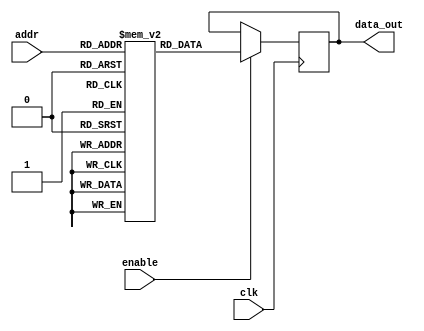
module parameterized_rom #(
    parameter DATA_WIDTH = 8,   // Width of each memory word
    parameter ADDR_WIDTH = 4     // Number of address lines
)(
    input wire clk,              // Clock signal
    input wire [ADDR_WIDTH-1:0] addr, // Address input
    input wire enable,           // Enable signal
    output reg [DATA_WIDTH-1:0] data_out // Data output
);

// Internal memory storage
reg [DATA_WIDTH-1:0] rom [0:(1 << ADDR_WIDTH) - 1];

// Initialization of the ROM with predefined values
initial begin
    // Example initialization (you can add your data here)
    rom[0]  = 8'h00;
    rom[1]  = 8'h01;
    rom[2]  = 8'h02;
    rom[3]  = 8'h03;
    rom[4]  = 8'h04;
    rom[5]  = 8'h05;
    rom[6]  = 8'h06;
    rom[7]  = 8'h07; // Continue to fill based on the depth
    // Add more values as needed depending on ADDR_WIDTH
end

// Behavioral logic to read data on the rising edge of the clock
always @(posedge clk) begin
    if (enable) begin
        data_out <= rom[addr]; // Read the data from the ROM
    end
end

endmodule